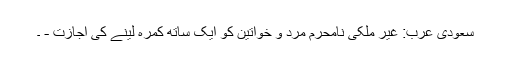
سعودی عرب: غیر ملکی نامحرم مرد و خواتین کو ایک ساتھ کمرہ لینے کی اجازت - ۔